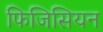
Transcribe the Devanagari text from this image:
फिजिसियन